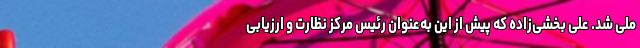
ملی شد. علی بخشی‌زاده که پیش از این به‌عنوان رئیس مرکز نظارت و ارزیابی